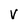
Character: V